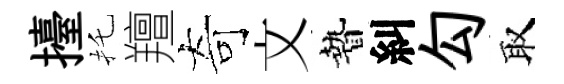
擡托羶奇文贄糾勾取